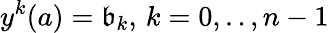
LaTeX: y^{k}(a)=\mathfrak{b}_{k},\, k=0,..,n-1